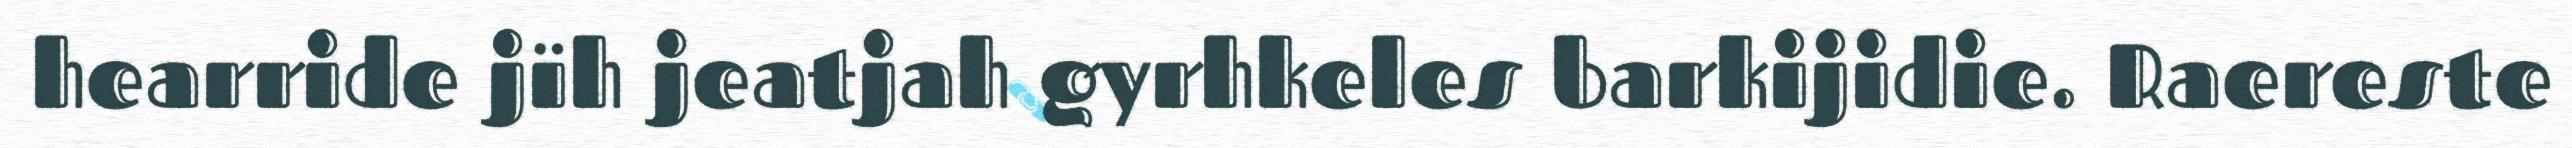
hearride jïh jeatjah gyrhkeles barkijidie. Raereste